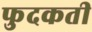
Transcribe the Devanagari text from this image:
फुदकती